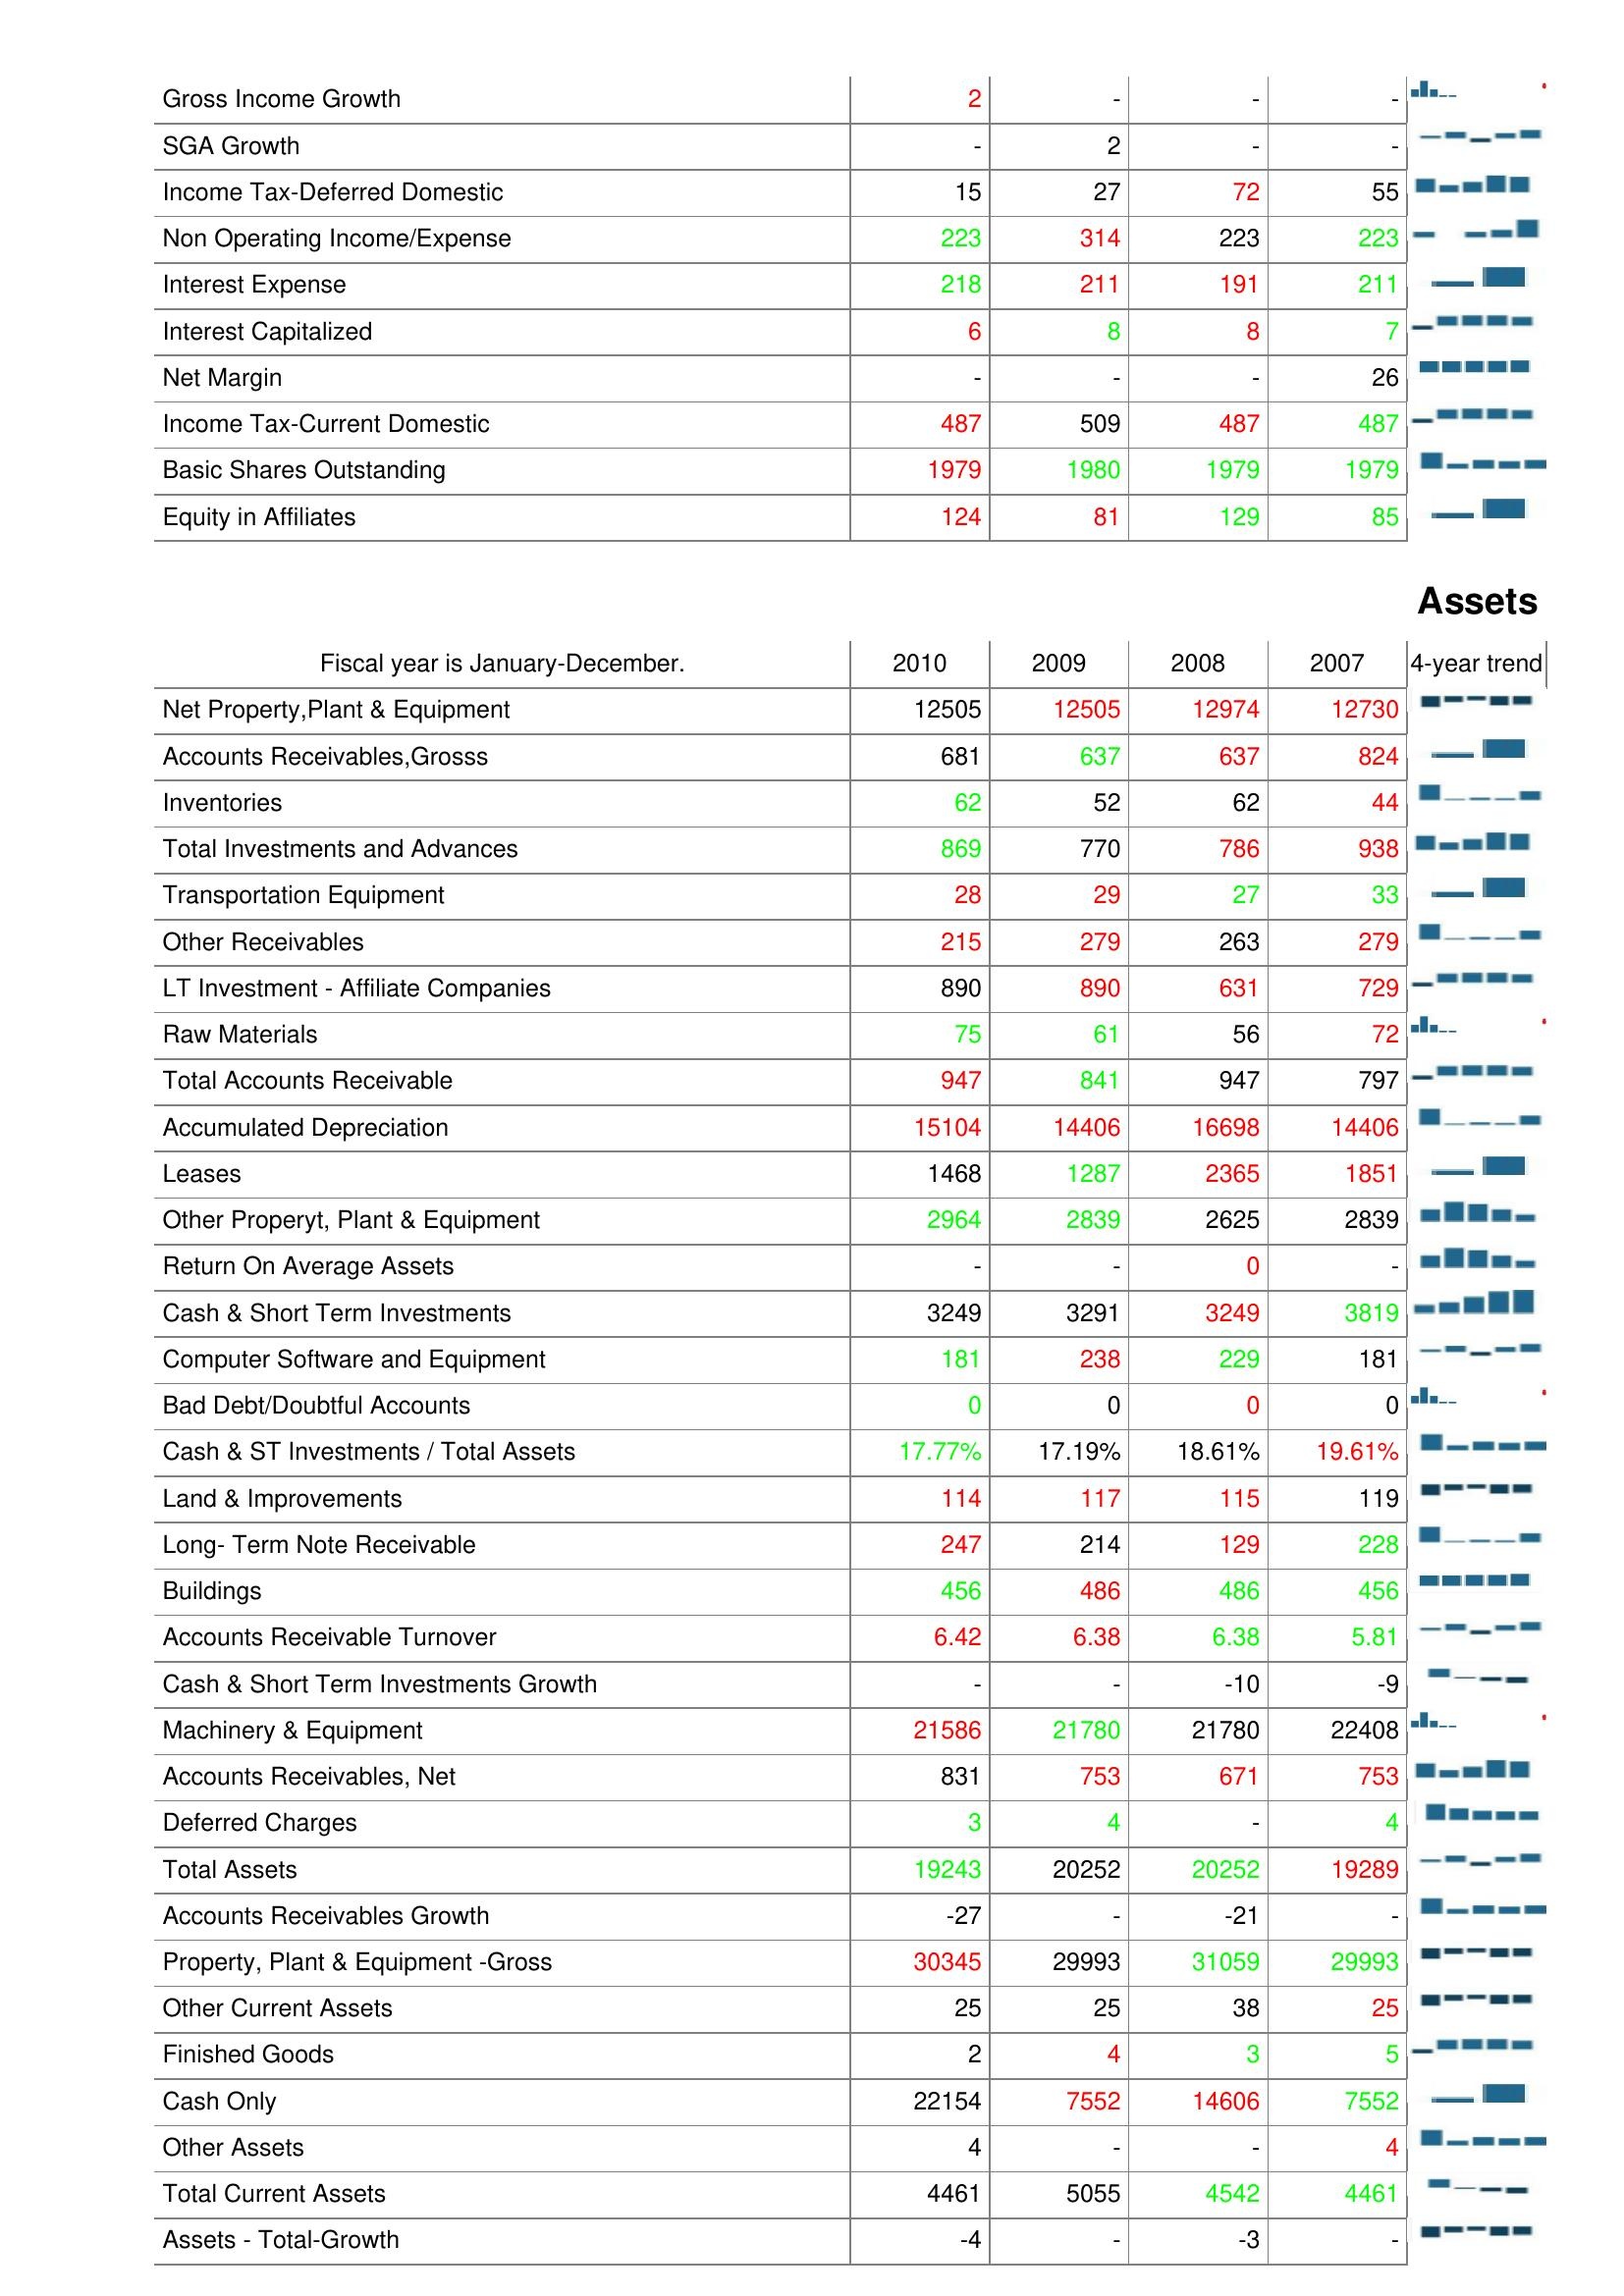
2010: : Gross Income Growth: 2
SGA Growth: -
Income Tax-Deferred Domestic: 15
Non Operating Income/Expense: 223
Interest Expense: 218
Interest Capitalized: 6
Net Margin: -
Income Tax-Current Domestic: 487
Basic Shares Outstanding: 1979
Equity in Affiliates: 124
Assets: Net Property,Plant & Equipment: 12505
Accounts Receivables,Grosss: 681
Inventories: 62
Total Investments and Advances: 869
Transportation Equipment: 28
Other Receivables: 215
LT Investment - Affiliate Companies: 890
Raw Materials: 75
Total Accounts Receivable: 947
Accumulated Depreciation: 15104
Leases: 1468
Other Properyt, Plant & Equipment: 2964
Return On Average Assets: -
Cash & Short Term Investments: 3249
Computer Software and Equipment: 181
Bad Debt/Doubtful Accounts: 0
Cash & ST Investments / Total Assets: 17.77%
Land & Improvements: 114
Long- Term Note Receivable: 247
Buildings: 456
Accounts Receivable Turnover: 6.42
Cash & Short Term Investments Growth: -
Machinery & Equipment: 21586
Accounts Receivables, Net: 831
Deferred Charges: 3
Total Assets: 19243
Accounts Receivables Growth: -27
Property, Plant & Equipment -Gross: 30345
Other Current Assets: 25
Finished Goods: 2
Cash Only: 22154
Other Assets: 4
Total Current Assets: 4461
Assets - Total-Growth: -4
2009: : Gross Income Growth: -
SGA Growth: 2
Income Tax-Deferred Domestic: 27
Non Operating Income/Expense: 314
Interest Expense: 211
Interest Capitalized: 8
Net Margin: -
Income Tax-Current Domestic: 509
Basic Shares Outstanding: 1980
Equity in Affiliates: 81
Assets: Net Property,Plant & Equipment: 12505
Accounts Receivables,Grosss: 637
Inventories: 52
Total Investments and Advances: 770
Transportation Equipment: 29
Other Receivables: 279
LT Investment - Affiliate Companies: 890
Raw Materials: 61
Total Accounts Receivable: 841
Accumulated Depreciation: 14406
Leases: 1287
Other Properyt, Plant & Equipment: 2839
Return On Average Assets: -
Cash & Short Term Investments: 3291
Computer Software and Equipment: 238
Bad Debt/Doubtful Accounts: 0
Cash & ST Investments / Total Assets: 17.19%
Land & Improvements: 117
Long- Term Note Receivable: 214
Buildings: 486
Accounts Receivable Turnover: 6.38
Cash & Short Term Investments Growth: -
Machinery & Equipment: 21780
Accounts Receivables, Net: 753
Deferred Charges: 4
Total Assets: 20252
Accounts Receivables Growth: -
Property, Plant & Equipment -Gross: 29993
Other Current Assets: 25
Finished Goods: 4
Cash Only: 7552
Other Assets: -
Total Current Assets: 5055
Assets - Total-Growth: -
2008: : Gross Income Growth: -
SGA Growth: -
Income Tax-Deferred Domestic: 72
Non Operating Income/Expense: 223
Interest Expense: 191
Interest Capitalized: 8
Net Margin: -
Income Tax-Current Domestic: 487
Basic Shares Outstanding: 1979
Equity in Affiliates: 129
Assets: Net Property,Plant & Equipment: 12974
Accounts Receivables,Grosss: 637
Inventories: 62
Total Investments and Advances: 786
Transportation Equipment: 27
Other Receivables: 263
LT Investment - Affiliate Companies: 631
Raw Materials: 56
Total Accounts Receivable: 947
Accumulated Depreciation: 16698
Leases: 2365
Other Properyt, Plant & Equipment: 2625
Return On Average Assets: 0
Cash & Short Term Investments: 3249
Computer Software and Equipment: 229
Bad Debt/Doubtful Accounts: 0
Cash & ST Investments / Total Assets: 18.61%
Land & Improvements: 115
Long- Term Note Receivable: 129
Buildings: 486
Accounts Receivable Turnover: 6.38
Cash & Short Term Investments Growth: -10
Machinery & Equipment: 21780
Accounts Receivables, Net: 671
Deferred Charges: -
Total Assets: 20252
Accounts Receivables Growth: -21
Property, Plant & Equipment -Gross: 31059
Other Current Assets: 38
Finished Goods: 3
Cash Only: 14606
Other Assets: -
Total Current Assets: 4542
Assets - Total-Growth: -3
2007: : Gross Income Growth: -
SGA Growth: -
Income Tax-Deferred Domestic: 55
Non Operating Income/Expense: 223
Interest Expense: 211
Interest Capitalized: 7
Net Margin: 26
Income Tax-Current Domestic: 487
Basic Shares Outstanding: 1979
Equity in Affiliates: 85
Assets: Net Property,Plant & Equipment: 12730
Accounts Receivables,Grosss: 824
Inventories: 44
Total Investments and Advances: 938
Transportation Equipment: 33
Other Receivables: 279
LT Investment - Affiliate Companies: 729
Raw Materials: 72
Total Accounts Receivable: 797
Accumulated Depreciation: 14406
Leases: 1851
Other Properyt, Plant & Equipment: 2839
Return On Average Assets: -
Cash & Short Term Investments: 3819
Computer Software and Equipment: 181
Bad Debt/Doubtful Accounts: 0
Cash & ST Investments / Total Assets: 19.61%
Land & Improvements: 119
Long- Term Note Receivable: 228
Buildings: 456
Accounts Receivable Turnover: 5.81
Cash & Short Term Investments Growth: -9
Machinery & Equipment: 22408
Accounts Receivables, Net: 753
Deferred Charges: 4
Total Assets: 19289
Accounts Receivables Growth: -
Property, Plant & Equipment -Gross: 29993
Other Current Assets: 25
Finished Goods: 5
Cash Only: 7552
Other Assets: 4
Total Current Assets: 4461
Assets - Total-Growth: -